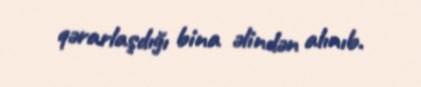
qərarlaşdığı bina əlindən alınıb.